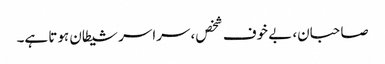
صاحبان، بے خوف شخص، سراسر شیطان ہوتا ہے۔